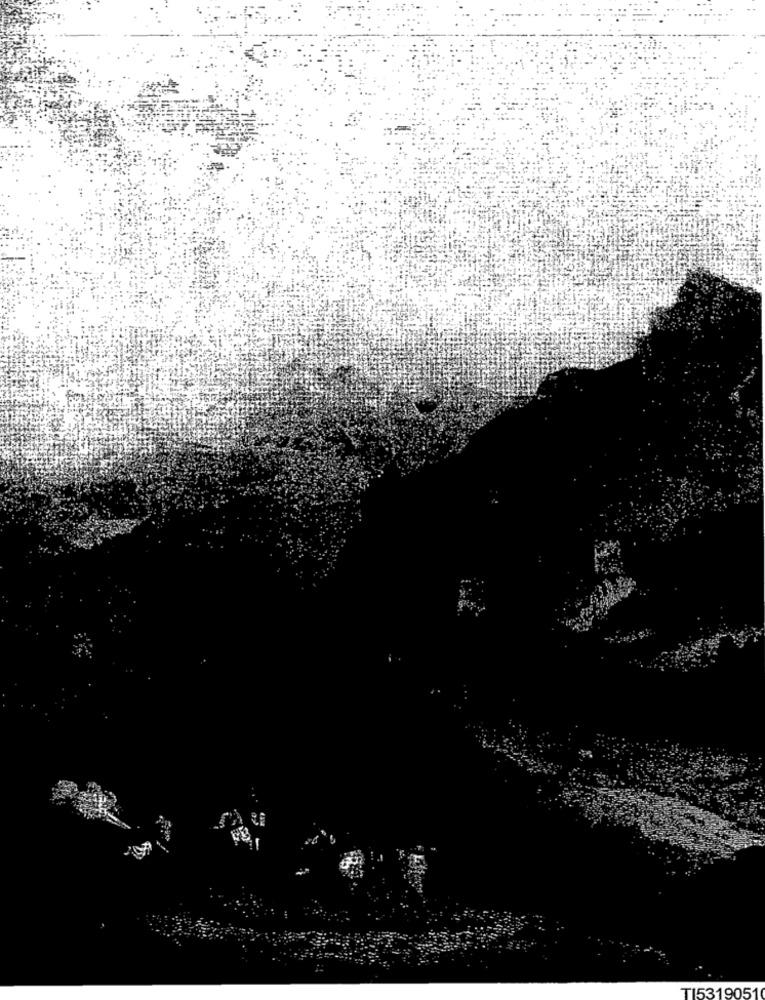
TI5319051